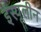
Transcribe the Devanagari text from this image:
इंस्यूलीन